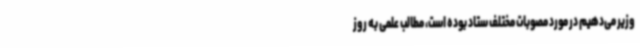
وزیر می‌دهیم در مورد مصوبات مختلف ستاد بوده است، مطالب علمی به روز